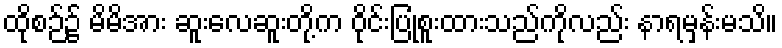
ထိုစဉ်၌ မိမိအား ဆူးလေဆူးတို့က ဝိုင်းပြုံစူးထားသည်ကိုလည်း နာရမှန်းမသိ။